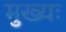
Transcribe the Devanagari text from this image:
मुख्यः